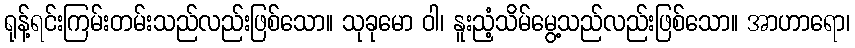
ရုန့်ရင်းကြမ်းတမ်းသည်လည်းဖြစ်သော။ သုခုမော ဝါ၊ နူးညံ့သိမ်မွေ့သည်လည်းဖြစ်သော။ အာဟာရော၊